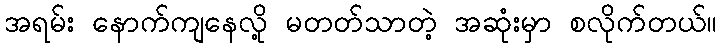
အရမ်း နောက်ကျနေလို့ မတတ်သာတဲ့ အဆုံးမှာ စလိုက်တယ်။